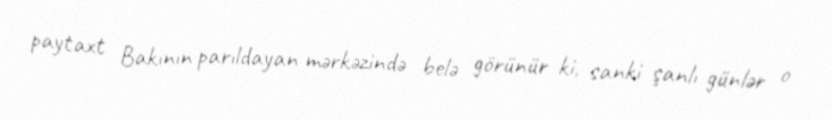
paytaxt Bakının parıldayan mərkəzində belə görünür ki, sanki şanlı günlər o